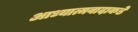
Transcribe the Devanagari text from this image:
आध्यात्मवादाकडे